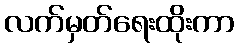
လက်မှတ်ရေးထိုးကာ